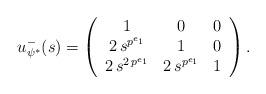
LaTeX: \begin{align*} u_{\psi^*}^-(s) = \left(\begin{array}{c c c} 1 & 0 & 0 \\ 2 \, s^{p^{e_1}} & 1 & 0 \\ 2 \, s^{2 \, p^{e_1}} & 2 \, s^{p^{e_1}} & 1 \end{array}\right) .\end{align*}